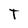
Character: T